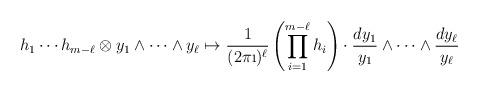
LaTeX: \begin{align*} h_1\cdots h_{m-\ell}\otimes y_1\wedge \cdots \wedge y_\ell \mapsto \frac{1}{(2\pi \i)^\ell}\left(\prod_{i=1}^{m-\ell}h_i\right)\cdot \frac{dy_1}{y_1}\wedge\cdots \wedge \frac{dy_\ell}{y_\ell} \end{align*}